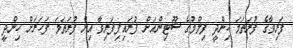
ފަރިވާގެ ފުރަތަމަ ހިންދީ ފިލްމުގެ ޝޫޓިންއަށް ފުރައިފިފަރިވާ އިން ފުރަތަމަ ފަހަރަށް ހިންދީ